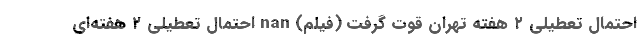
احتمال تعطیلی ۲ هفته تهران قوت گرفت (فیلم) nan احتمال تعطیلی ۲ هفته‌ای